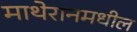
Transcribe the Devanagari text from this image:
माथेरानमधील